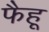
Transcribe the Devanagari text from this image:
फैहू